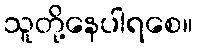
သူတို့နေပါရစေ။